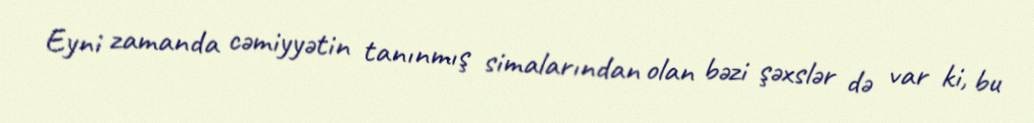
Eyni zamanda cəmiyyətin tanınmış simalarından olan bəzi şəxslər də var ki, bu